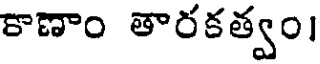
కాణాం తారకత్వం।